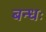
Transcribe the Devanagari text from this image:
बन्धः